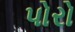
પોરો